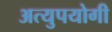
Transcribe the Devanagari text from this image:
अत्युपयोगी